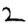
Digit: 2